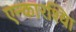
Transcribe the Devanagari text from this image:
एन्कारश्यिा